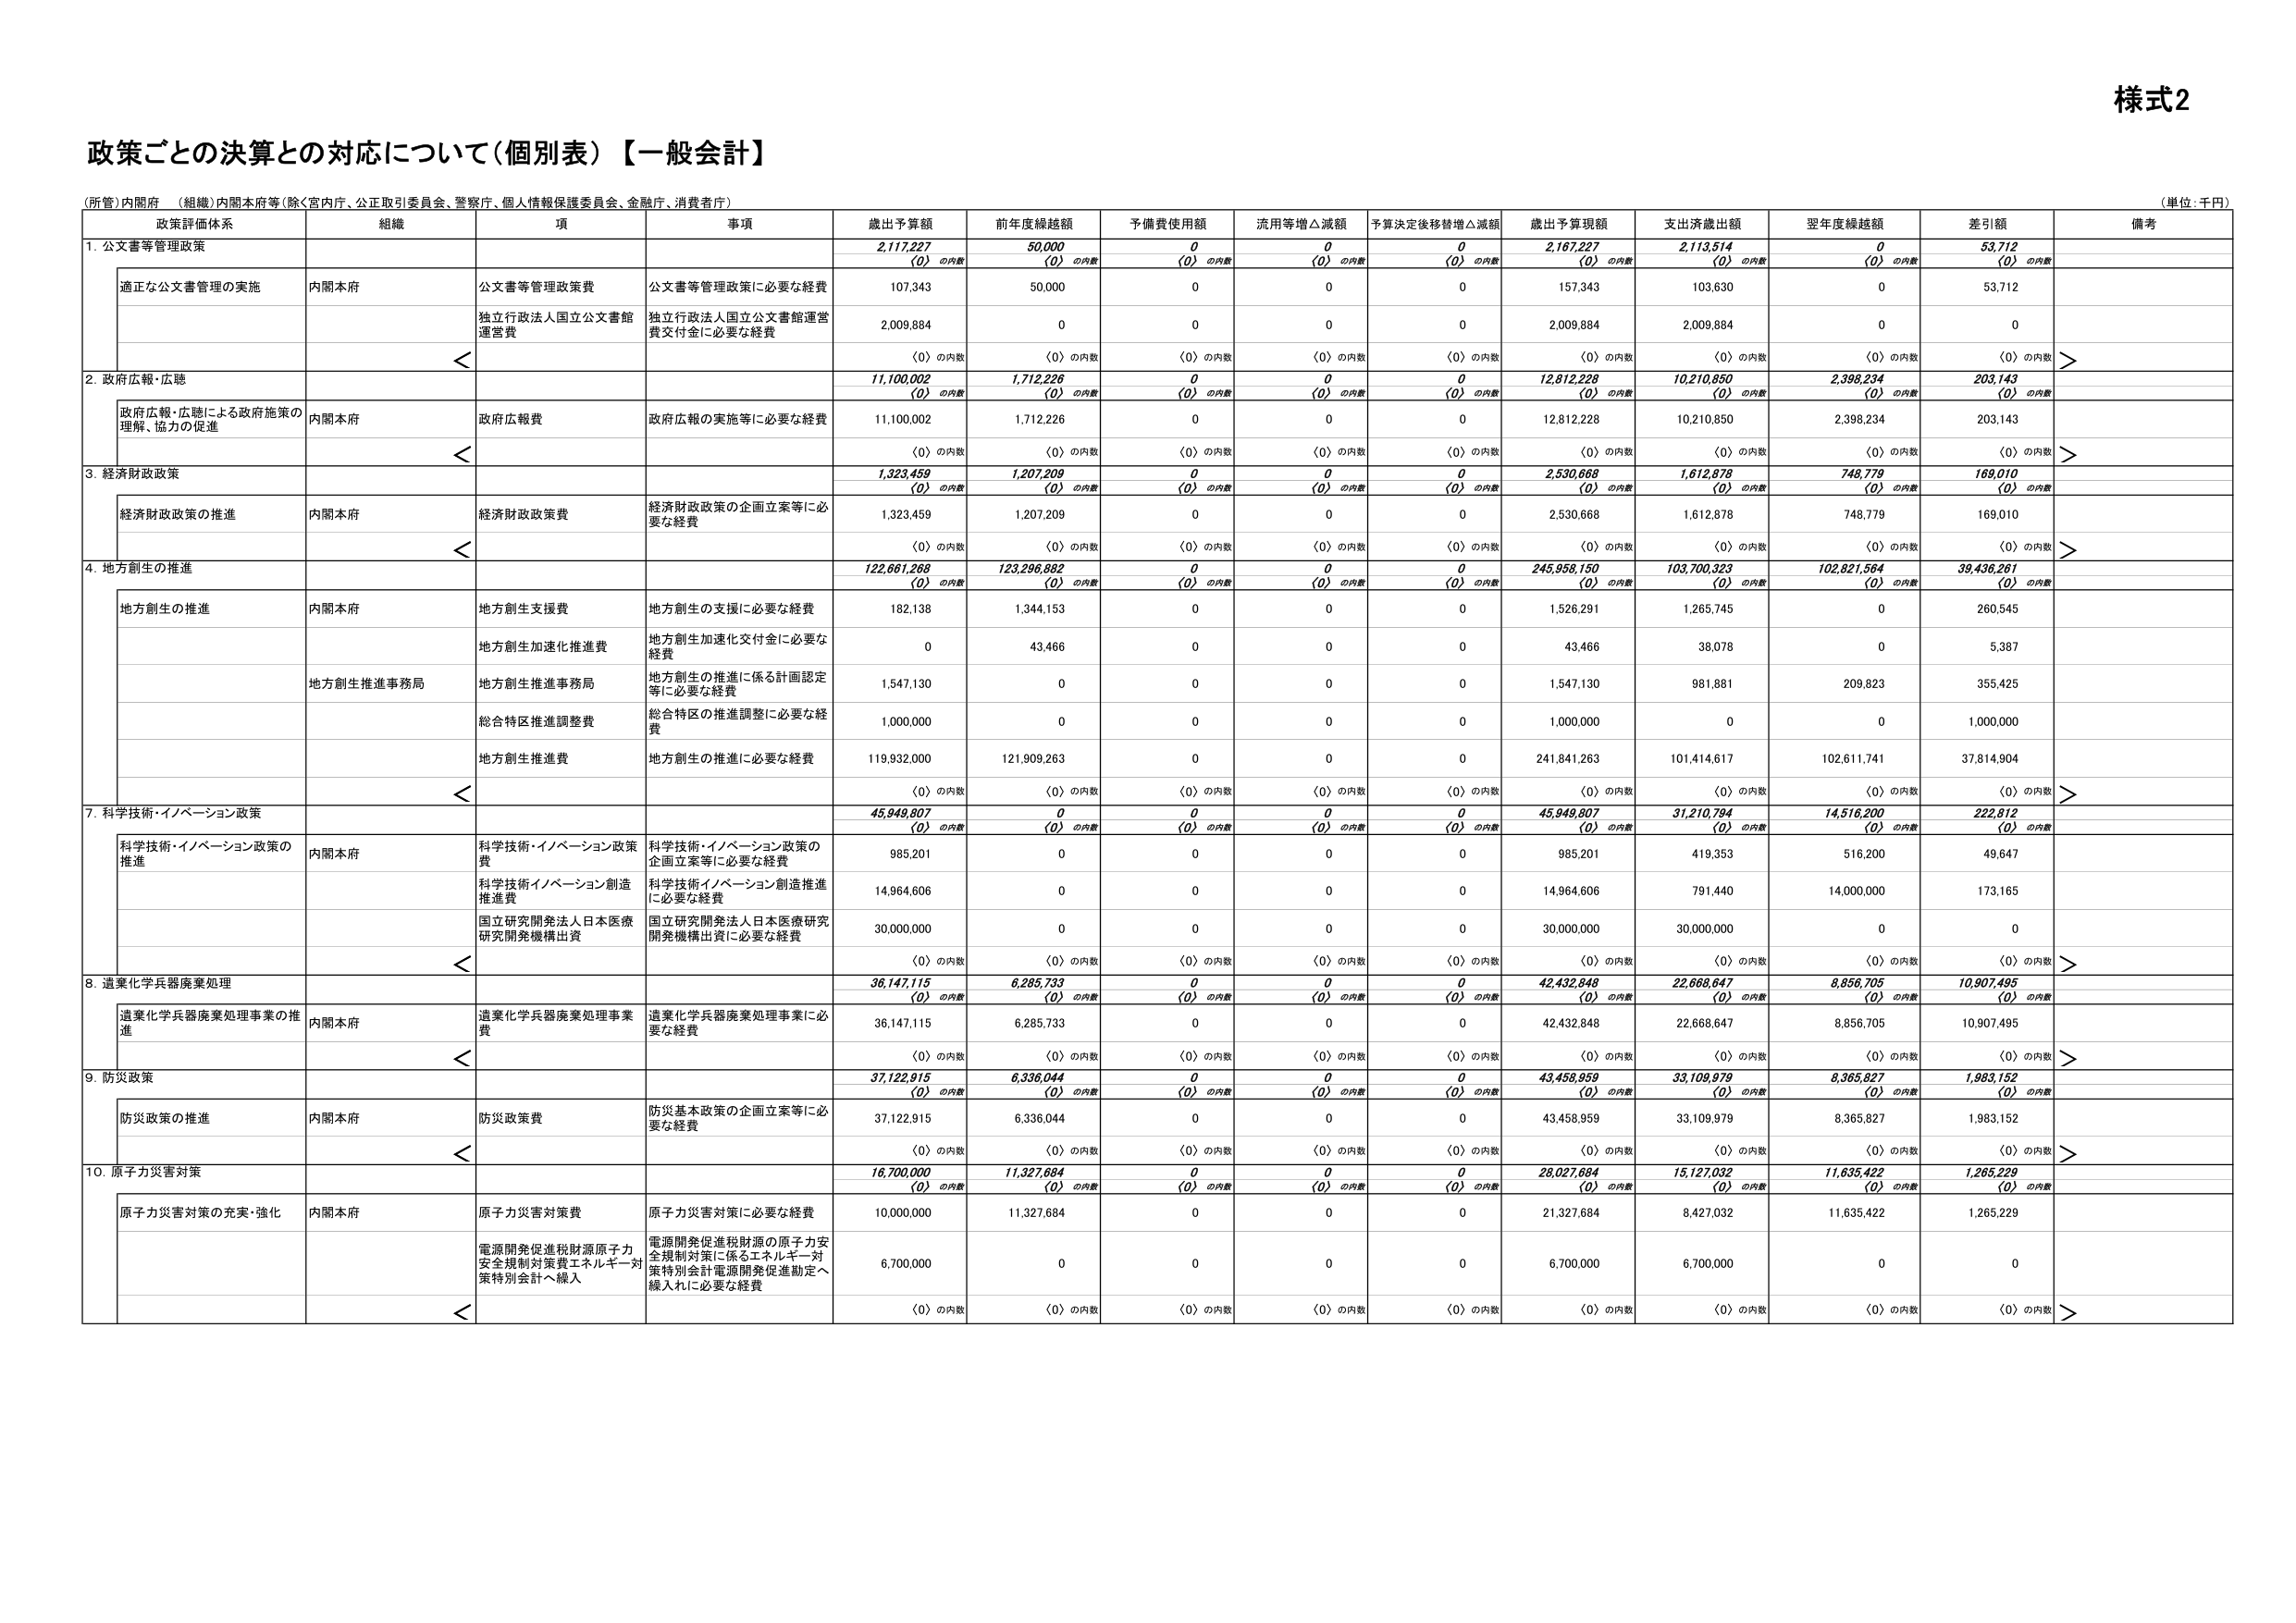
様式2

政策ごとの決算との対応について（個別表）【一般会計】

（所管）内閣府 （組織）内閣本府等（除く宮内庁、公正取引委員会、警察庁、個人情報保護委員会、金融庁、消費庁）

（単位：千円）

政策評価体系 組織 項 事項 歳出予算額 前年度繰越額 予備費使用額 流用等増△減額 予算決定後移替増△減額 歳出予算現額 支出済歳出額 翌年度繰越額 差引額 備考

1. 公文書等管理政策 2,117,227 50,000 0 0 0 2,167,227 2,113,514 0 53,712
（0）の内数 （0）の内数 （0）の内数 （0）の内数 （0）の内数 （0）の内数 （0）の内数 （0）の内数 （0）の内数

適正な公文書管理の実施 内閣本府 公文書等管理政策費 公文書等管理政策に必要な経費 107,343 50,000 0 0 0 157,343 103,630 0 53,712

独立行政法人国立公文書館運営費 独立行政法人国立公文書館運営費交付金に必要な経費 2,009,884 0 0 0 0 2,009,884 2,009,884 0 0

（0）の内数 （0）の内数 （0）の内数 （0）の内数 （0）の内数 （0）の内数 （0）の内数 （0）の内数 （0）の内数

2. 政府広報・広聴 11,100,002 1,712,226 0 0 0 12,812,228 10,210,850 2,398,234 203,143
（0）の内数 （0）の内数 （0）の内数 （0）の内数 （0）の内数 （0）の内数 （0）の内数 （0）の内数 （0）の内数

政府広報・広聴による政府施策の理解、協力の促進 内閣本府 政府広報費 政府広報の実施等に必要な経費 11,100,002 1,712,226 0 0 0 12,812,228 10,210,850 2,398,234 203,143

（0）の内数 （0）の内数 （0）の内数 （0）の内数 （0）の内数 （0）の内数 （0）の内数 （0）の内数 （0）の内数

3. 経済財政政策 1,323,459 1,207,209 0 0 0 2,530,668 1,612,878 748,779 169,010
（0）の内数 （0）の内数 （0）の内数 （0）の内数 （0）の内数 （0）の内数 （0）の内数 （0）の内数 （0）の内数

経済財政政策の推進 内閣本府 経済財政政策費 経済財政政策の企画立案等に必要な経費 1,323,459 1,207,209 0 0 0 2,530,668 1,612,878 748,779 169,010

（0）の内数 （0）の内数 （0）の内数 （0）の内数 （0）の内数 （0）の内数 （0）の内数 （0）の内数 （0）の内数

4. 地方創生の推進 122,661,268 123,296,882 0 0 0 245,958,150 103,700,323 102,821,564 39,436,261
（0）の内数 （0）の内数 （0）の内数 （0）の内数 （0）の内数 （0）の内数 （0）の内数 （0）の内数 （0）の内数

地方創生の推進 内閣本府 地方創生支援費 地方創生の支援に必要な経費 182,138 1,344,153 0 0 0 1,526,291 1,265,745 0 260,545

地方創生加速化推進費 地方創生加速化交付金に必要な経費 0 43,466 0 0 0 43,466 38,078 0 5,387

地方創生推進事務局 地方創生推進事務局 地方創生の推進に係る計画認定等に必要な経費 1,547,130 0 0 0 0 1,547,130 981,881 209,823 355,425

総合特区推進調整費 総合特区の推進調整に必要な経費 1,000,000 0 0 0 0 1,000,000 0 0 1,000,000

地方創生推進費 地方創生の推進に必要な経費 119,932,000 121,909,263 0 0 0 241,841,263 101,414,617 102,611,741 37,814,904

（0）の内数 （0）の内数 （0）の内数 （0）の内数 （0）の内数 （0）の内数 （0）の内数 （0）の内数 （0）の内数

7. 科学技術・イノベーション政策 45,949,807 0 0 0 0 45,949,807 31,210,794 14,516,200 222,812
（0）の内数 （0）の内数 （0）の内数 （0）の内数 （0）の内数 （0）の内数 （0）の内数 （0）の内数 （0）の内数

科学技術・イノベーション政策の推進 内閣本府 科学技術・イノベーション政策費 科学技術・イノベーション政策の企画立案等に必要な経費 985,201 0 0 0 0 985,201 419,353 516,200 49,647

科学技術イノベーション創造推進費 科学技術イノベーション創造推進に必要な経費 14,964,606 0 0 0 0 14,964,606 791,440 14,000,000 173,165

国立研究開発法人日本医療研究開発機構出資 国立研究開発法人日本医療研究開発機構出資に必要な経費 30,000,000 0 0 0 0 30,000,000 30,000,000 0 0

（0）の内数 （0）の内数 （0）の内数 （0）の内数 （0）の内数 （0）の内数 （0）の内数 （0）の内数 （0）の内数

8. 遺棄化学兵器廃棄処理 36,147,115 6,285,733 0 0 0 42,432,848 22,668,647 8,856,705 10,907,495
（0）の内数 （0）の内数 （0）の内数 （0）の内数 （0）の内数 （0）の内数 （0）の内数 （0）の内数 （0）の内数

遺棄化学兵器廃棄処理事業の推進 内閣本府 遺棄化学兵器廃棄処理事業費 遺棄化学兵器廃棄処理事業に必要な経費 36,147,115 6,285,733 0 0 0 42,432,848 22,668,647 8,856,705 10,907,495

（0）の内数 （0）の内数 （0）の内数 （0）の内数 （0）の内数 （0）の内数 （0）の内数 （0）の内数 （0）の内数

9. 防災政策 37,122,915 6,336,044 0 0 0 43,458,959 33,109,979 8,365,827 1,983,152
（0）の内数 （0）の内数 （0）の内数 （0）の内数 （0）の内数 （0）の内数 （0）の内数 （0）の内数 （0）の内数

防災政策の推進 内閣本府 防災政策費 防災基本政策の企画立案等に必要な経費 37,122,915 6,336,044 0 0 0 43,458,959 33,109,979 8,365,827 1,983,152

（0）の内数 （0）の内数 （0）の内数 （0）の内数 （0）の内数 （0）の内数 （0）の内数 （0）の内数 （0）の内数

10. 原子力災害対策 16,700,000 11,327,684 0 0 0 28,027,684 15,127,032 11,635,422 1,265,229
（0）の内数 （0）の内数 （0）の内数 （0）の内数 （0）の内数 （0）の内数 （0）の内数 （0）の内数 （0）の内数

原子力災害対策の充実・強化 内閣本府 原子力災害対策費 原子力災害対策に必要な経費 10,000,000 11,327,684 0 0 0 21,327,684 8,427,032 11,635,422 1,265,229

電源開発促進税財源原子力安全規制対策費エネルギー対策特別会計へ繰入 電源開発促進税財源の原子力安全規制対策に係るエネルギー対策特別会計電源開発促進勘定へ繰入れに必要な経費 6,700,000 0 0 0 0 6,700,000 6,700,000 0 0

（0）の内数 （0）の内数 （0）の内数 （0）の内数 （0）の内数 （0）の内数 （0）の内数 （0）の内数 （0）の内数